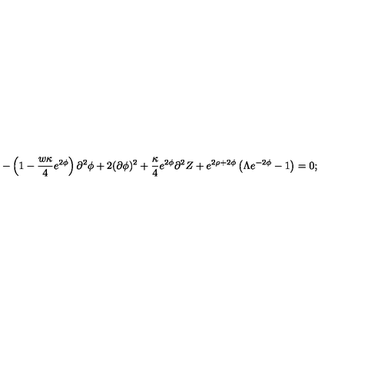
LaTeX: - \left( 1 - \frac { w \kappa } { 4 } e ^ { 2 \phi } \right) \partial ^ { 2 } \phi + 2 ( \partial \phi ) ^ { 2 } + \frac { \kappa } { 4 } e ^ { 2 \phi } \partial ^ { 2 } Z + e ^ { 2 \rho + 2 \phi } \left( \Lambda e ^ { - 2 \phi } - 1 \right) = 0 ;